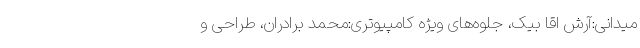
میدانی:آرش اقا بیک، جلوه‌های ویژه کامپیوتری:محمد برادران، طراحی و